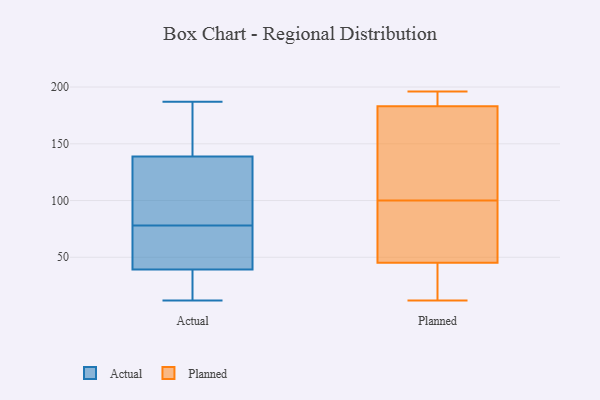
{"axis": {"x": "Production Output", "y": "Value"}, "legend": ["Actual", "Planned"], "data": [{"x": "", "y": 41, "type": "Actual"}, {"x": "", "y": 54, "type": "Actual"}, {"x": "", "y": 23, "type": "Actual"}, {"x": "", "y": 137, "type": "Actual"}, {"x": "", "y": 109, "type": "Actual"}, {"x": "", "y": 78, "type": "Actual"}, {"x": "", "y": 74, "type": "Actual"}, {"x": "", "y": 161, "type": "Actual"}, {"x": "", "y": 162, "type": "Actual"}, {"x": "", "y": 34, "type": "Actual"}, {"x": "", "y": 131, "type": "Actual"}, {"x": "", "y": 90, "type": "Actual"}, {"x": "", "y": 144, "type": "Actual"}, {"x": "", "y": 19, "type": "Actual"}, {"x": "", "y": 12, "type": "Actual"}, {"x": "", "y": 187, "type": "Actual"}, {"x": "", "y": 49, "type": "Actual"}, {"x": "", "y": 183, "type": "Planned"}, {"x": "", "y": 52, "type": "Planned"}, {"x": "", "y": 100, "type": "Planned"}, {"x": "", "y": 183, "type": "Planned"}, {"x": "", "y": 182, "type": "Planned"}, {"x": "", "y": 54, "type": "Planned"}, {"x": "", "y": 104, "type": "Planned"}, {"x": "", "y": 81, "type": "Planned"}, {"x": "", "y": 189, "type": "Planned"}, {"x": "", "y": 25, "type": "Planned"}, {"x": "", "y": 196, "type": "Planned"}, {"x": "", "y": 12, "type": "Planned"}, {"x": "", "y": 14, "type": "Planned"}]}